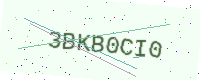
Text: 3BKB0CI0